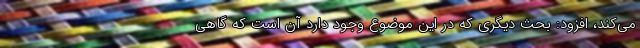
می‌کند، افزود: بحث دیگری که در این موضوع وجود دارد آن است که گاهی